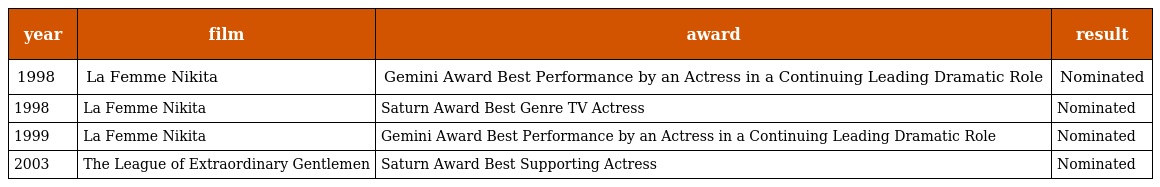
| year | film | award | result |
 | --- | --- | --- | --- |
 | 1998 | La Femme Nikita | Gemini Award Best Performance by an Actress in a Continuing Leading Dramatic Role | Nominated |
 | 1998 | La Femme Nikita | Saturn Award Best Genre TV Actress | Nominated |
 | 1999 | La Femme Nikita | Gemini Award Best Performance by an Actress in a Continuing Leading Dramatic Role | Nominated |
 | 2003 | The League of Extraordinary Gentlemen | Saturn Award Best Supporting Actress | Nominated |